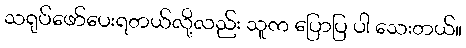
သရုပ်ဖော်ပေးရတယ်လို့လည်း သူက ပြောပြ ပါ သေးတယ်။